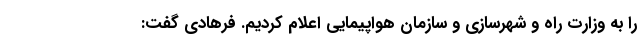
را به وزارت راه و شهرسازی و سازمان هواپیمایی اعلام کردیم. فرهادی گفت: